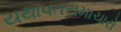
યથાવતસમાચારો